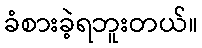
ခံစားခဲ့ရဘူးတယ်။